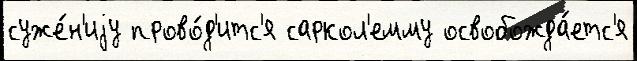
суже́н'иjу прово́д'итс'я саркол'емму освобожда́етс'я